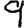
Digit: 9